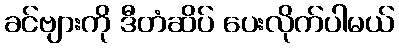
ခင်ဗျားကို ဒီတံဆိပ် ပေးလိုက်ပါမယ်